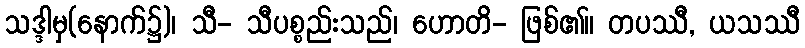
သဒ္ဒါမှ(နောက်၌)၊ သီ- သီပစ္စည်းသည်၊ ဟောတိ- ဖြစ်၏။ တပဿီ, ယသဿီ